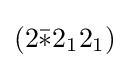
(2{\bar {*}}2_{1}2_{1})